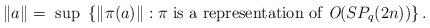
LaTeX: \begin{align*} \left\|a\right\| = \mbox{ sup }\left\{\left\|\pi(a)\right\|: \pi \mbox{ is a representation of }\emph{O}(SP_{q}(2n))\right\}.\end{align*}